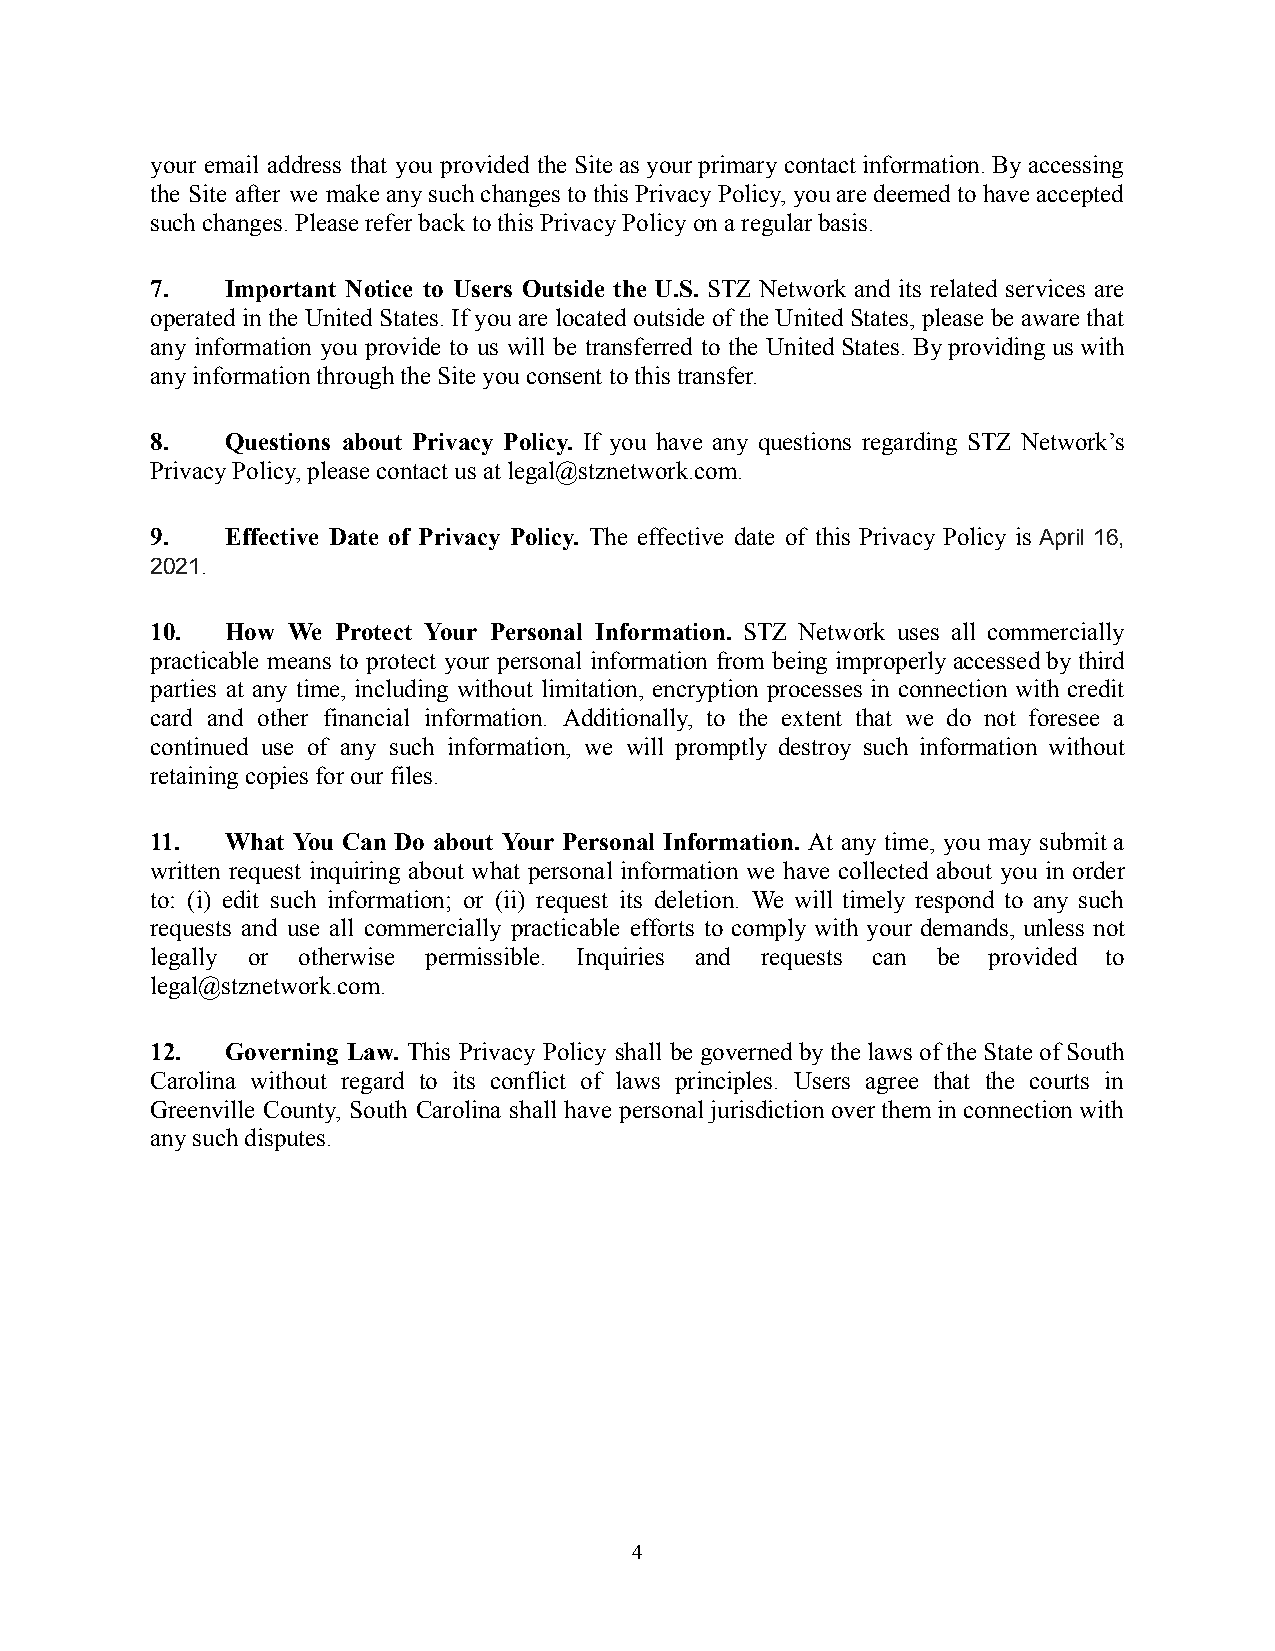
your email address that you provided the Siteas yourprimary contactinformation.By accessing
 the Site after we makeany suchchangesto thisPrivacyPolicy, youaredeemedtohaveaccepted
 such changes. Please refer back to this Privacy Policy on a regular basis.
 7.   Important Notice to Users Outside the U.S. STZ Network and its related services are
 operatedin theUnitedStates. If youarelocatedoutsideof theUnited States,pleasebeawarethat
 any information you provide to us will be transferred to the UnitedStates.By providing uswith
 any information through the Site you consent to thistransfer.
 8.   Questions about Privacy Policy. If you have any questions regarding STZ Network’s
 Privacy Policy, please contact us at legal@stznetwork.com.
 9.   Effective Date of Privacy Policy. The effective date of this Privacy Policy is April 16,
 2021.
 10.  How We Protect Your Personal Information. STZ Network uses all commercially
 practicable means to protect your personal information from being improperly accessed bythird
 parties at any time, including without limitation, encryption processes in connection with credit
 card and other financial information. Additionally, to the extent that we do not foresee a
 continued use of any such information, we will promptly destroy such information without
 retaining copies for our files.
 11.  What You Can Do about Your Personal Information. At any time, you may submita
 written request inquiring about what personal information we have collected about you in order
 to: (i) edit such information; or (ii) request its deletion. We will timely respond to any such
 requests and use all commercially practicable efforts to comply with your demands, unless not
 legally or otherwise permissible. Inquiries and requests can be provided to
 legal@stznetwork.com.
 12.  Governing Law. This Privacy Policy shall be governedbythelaws ofthe Stateof South
 Carolina without regard to its conflict of laws principles. Users agree that the courts in
 Greenville County, South Carolina shall have personaljurisdiction overthem inconnection with
 any such disputes.
 4